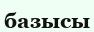
базысы